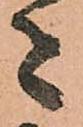
者